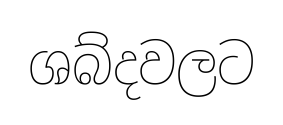
ශබ්දවලට